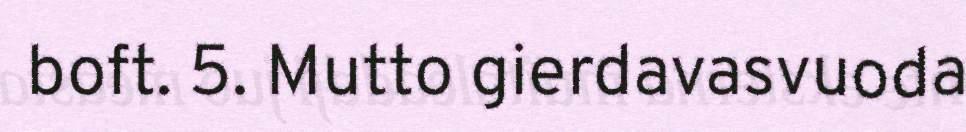
boft. 5. Mutto gierdavasvuoda